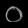
Digit: ၀